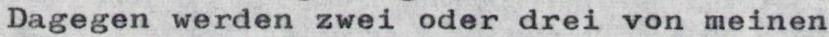
Dagegen werden zwei oder drei von meinen